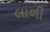
લાળી